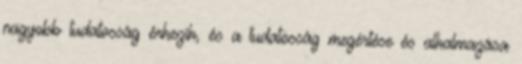
nagyobb tudatosság érkezik, és a tudatosság megértése és alkalmazása